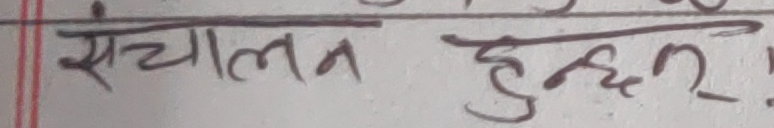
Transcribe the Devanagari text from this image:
संचालन हुन्छ २